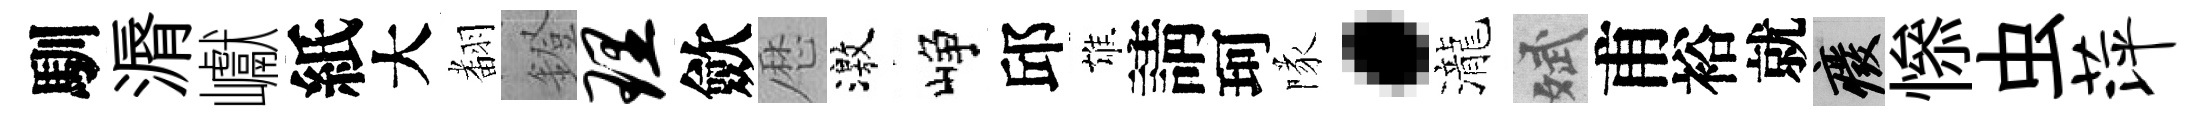
馴漘巘紙大𮋒鐙理歛厯激峥邱雄請珂隊·瀧斌甫裕就廢𢡖虫萍